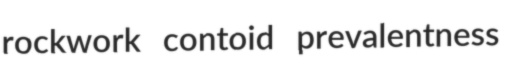
rockwork contoid prevalentness